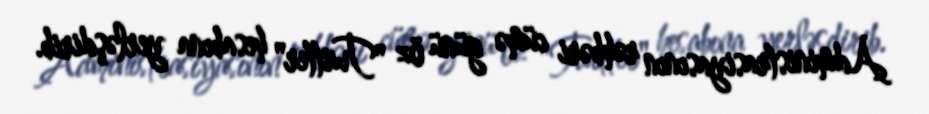
Administrasiyasının rəhbəri cümə günü öz "Twitter" hesabına yerləşdirib.